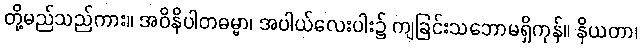
တို့မည်သည်ကား။ အဝိနိပါတဓမ္မာ၊ အပါယ်လေးပါး၌ ကျခြင်းသဘောမရှိကုန်။ နိယတာ၊